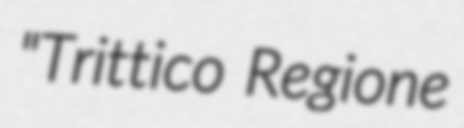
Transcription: "Trittico Regione